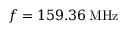
f = 1 5 9 . 3 6 \, \mathrm { M H z }